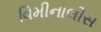
વિમીનાલીસ